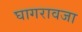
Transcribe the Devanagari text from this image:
घागरावजा